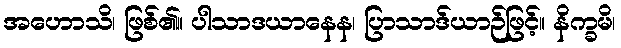
အဟောသိ၊ ဖြစ်၏။ ပါသာဒယာနေန၊ ပြာသာဒ်ယာဉ်ဖြင့်။ နိက္ခမိ၊